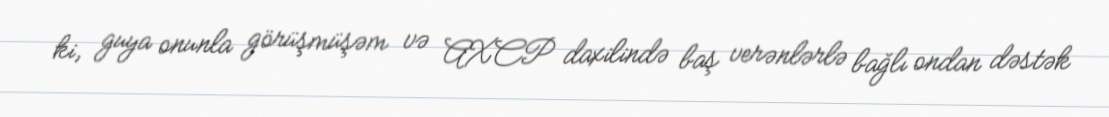
ki, guya onunla görüşmüşəm və AXCP daxilində baş verənlərlə bağlı ondan dəstək